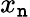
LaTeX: x_{\mathtt{n}}